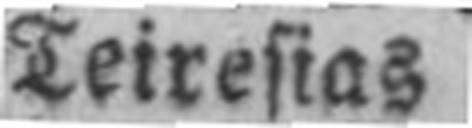
Teiresias